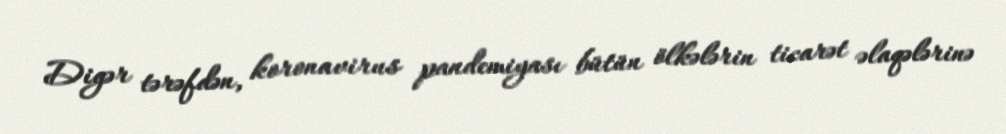
Digər tərəfdən, koronavirus pandemiyası bütün ölkələrin ticarət əlaqələrinə